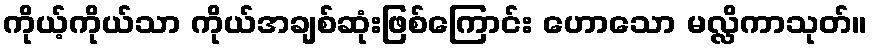
ကိုယ့်ကိုယ်သာ ကိုယ်အချစ်ဆုံးဖြစ်ကြောင်း ဟောသော မလ္လိကာသုတ်။